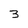
Character: 3